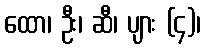
ထော၊ ဦး၊ ဆီ၊ ပျား (၄)၊